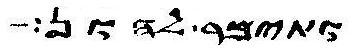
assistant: ותימר לי